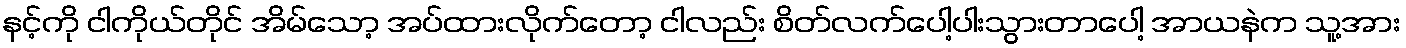
နင့်ကို ငါကိုယ်တိုင် အိမ်သော့ အပ်ထားလိုက်တော့ ငါလည်း စိတ်လက်ပေါ့ပါးသွားတာပေါ့ အာယနဲက သူ့အား